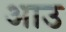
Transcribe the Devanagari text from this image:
आउ